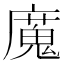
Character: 𫸄